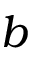
b